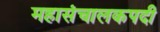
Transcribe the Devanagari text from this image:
महासंचालकपदी